Scottish Leaving Certificate Examination, 1953
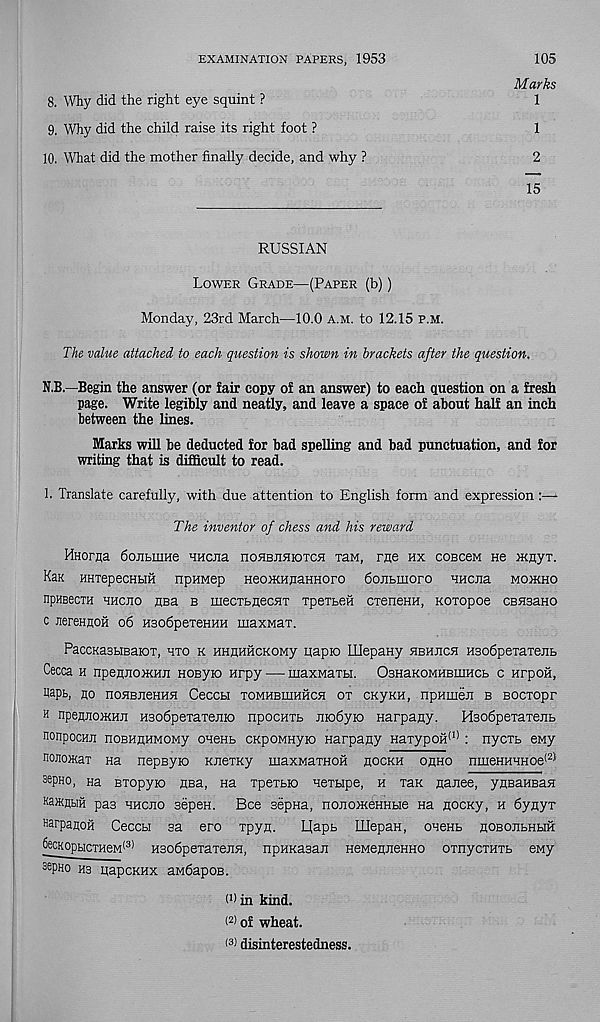
EXAMINATION PAPERS, 1953
105
8. Why did the right eye squint ?
9. Why did the child raise its right foot ?
10. What did the mother finally decide, and why ?
Marks
1
1
2
15
RUSSIAN
Lower Grade—(Paper (b))
Monday, 23rd March—10.0 a.m. to 12.15 p.m.
The value attached to each question is shown in brackets after the question.
N.B.—Begin the answer (or fair copy of an answer) to each question on a fresh
page. Write legibly and neatly, and leave a space of about half an inch
between the lines.
Marks will be deducted for bad spelling and bad punctuation, and for
writing that is difficult to read.
1. Translate carefully, with due attention to English form and expression
The inventor of chess and his reward
Hnorfla doiibmHe Hucna noHsnnioTCH ran, me hx coeceM He >KnyT.
Kan HHTepecHHH npHMep HeoiKHnaHHoro dojibinoro HHcna moikho
npHeecTH hhcjio RBa b mecTbHecHT TpeTbeii CTeneHH, Koxopoe CEHsano
c nereHflOH 06 HsodpexeHHH uiaxMax.
PaccKasbiBaiox, hxo k HHHHHCKOMy iiapio IIIepaHy hbhuch Hsodpexaxeiib
Cecca h npennojKHji Hosyio Hrpy — maxMaxbi. OsHaKOMHEHiHCb c HrpoH,
yapt, no noHBiieHHH Ceccu xomhbihhhch ox cxyKH, npHmen b socxopr
h npennoiKHJi HBodpexaxenio npocHXb modyio Harpany.
Hsodpexaxenb
nonpocHn noBHiiHMOMy oneHb CKpoMHyio narpany HaxypoH (I) : nycxb eMy
nonoHax Ha nepsyio KiiexKy maxMaxHOH hockh ohho nmeHHHHoe* 21
3e PHo, Ha Bxopyio hbh, na xpexbio nexbipe, h xax nanee, ynBaHsasi
KaiKflbiH pas hhcjio sepen. Bee sepHa, nojioiKeHHbie na nocKy, h dyrtyx
HarpanoH Ceccbi sa ero xpyH.
L(apb IIIepaH, oneHb noBOiibHHH
6ecKopbicTHeM (3) HsodpexaxeiiH, npHRasan HeMenneHHO oxnycxHXb eny
aepHo ns uapcKHx aividapoB.
0) in kind.
< 2 > of wheat.
< 3 > disinterestedness.